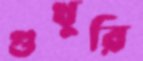
গুখুরি